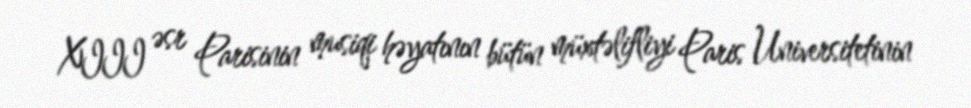
XIII əsr Parisinin musiqi həyatının bütün müxtəlifliyi Paris Universitetinin